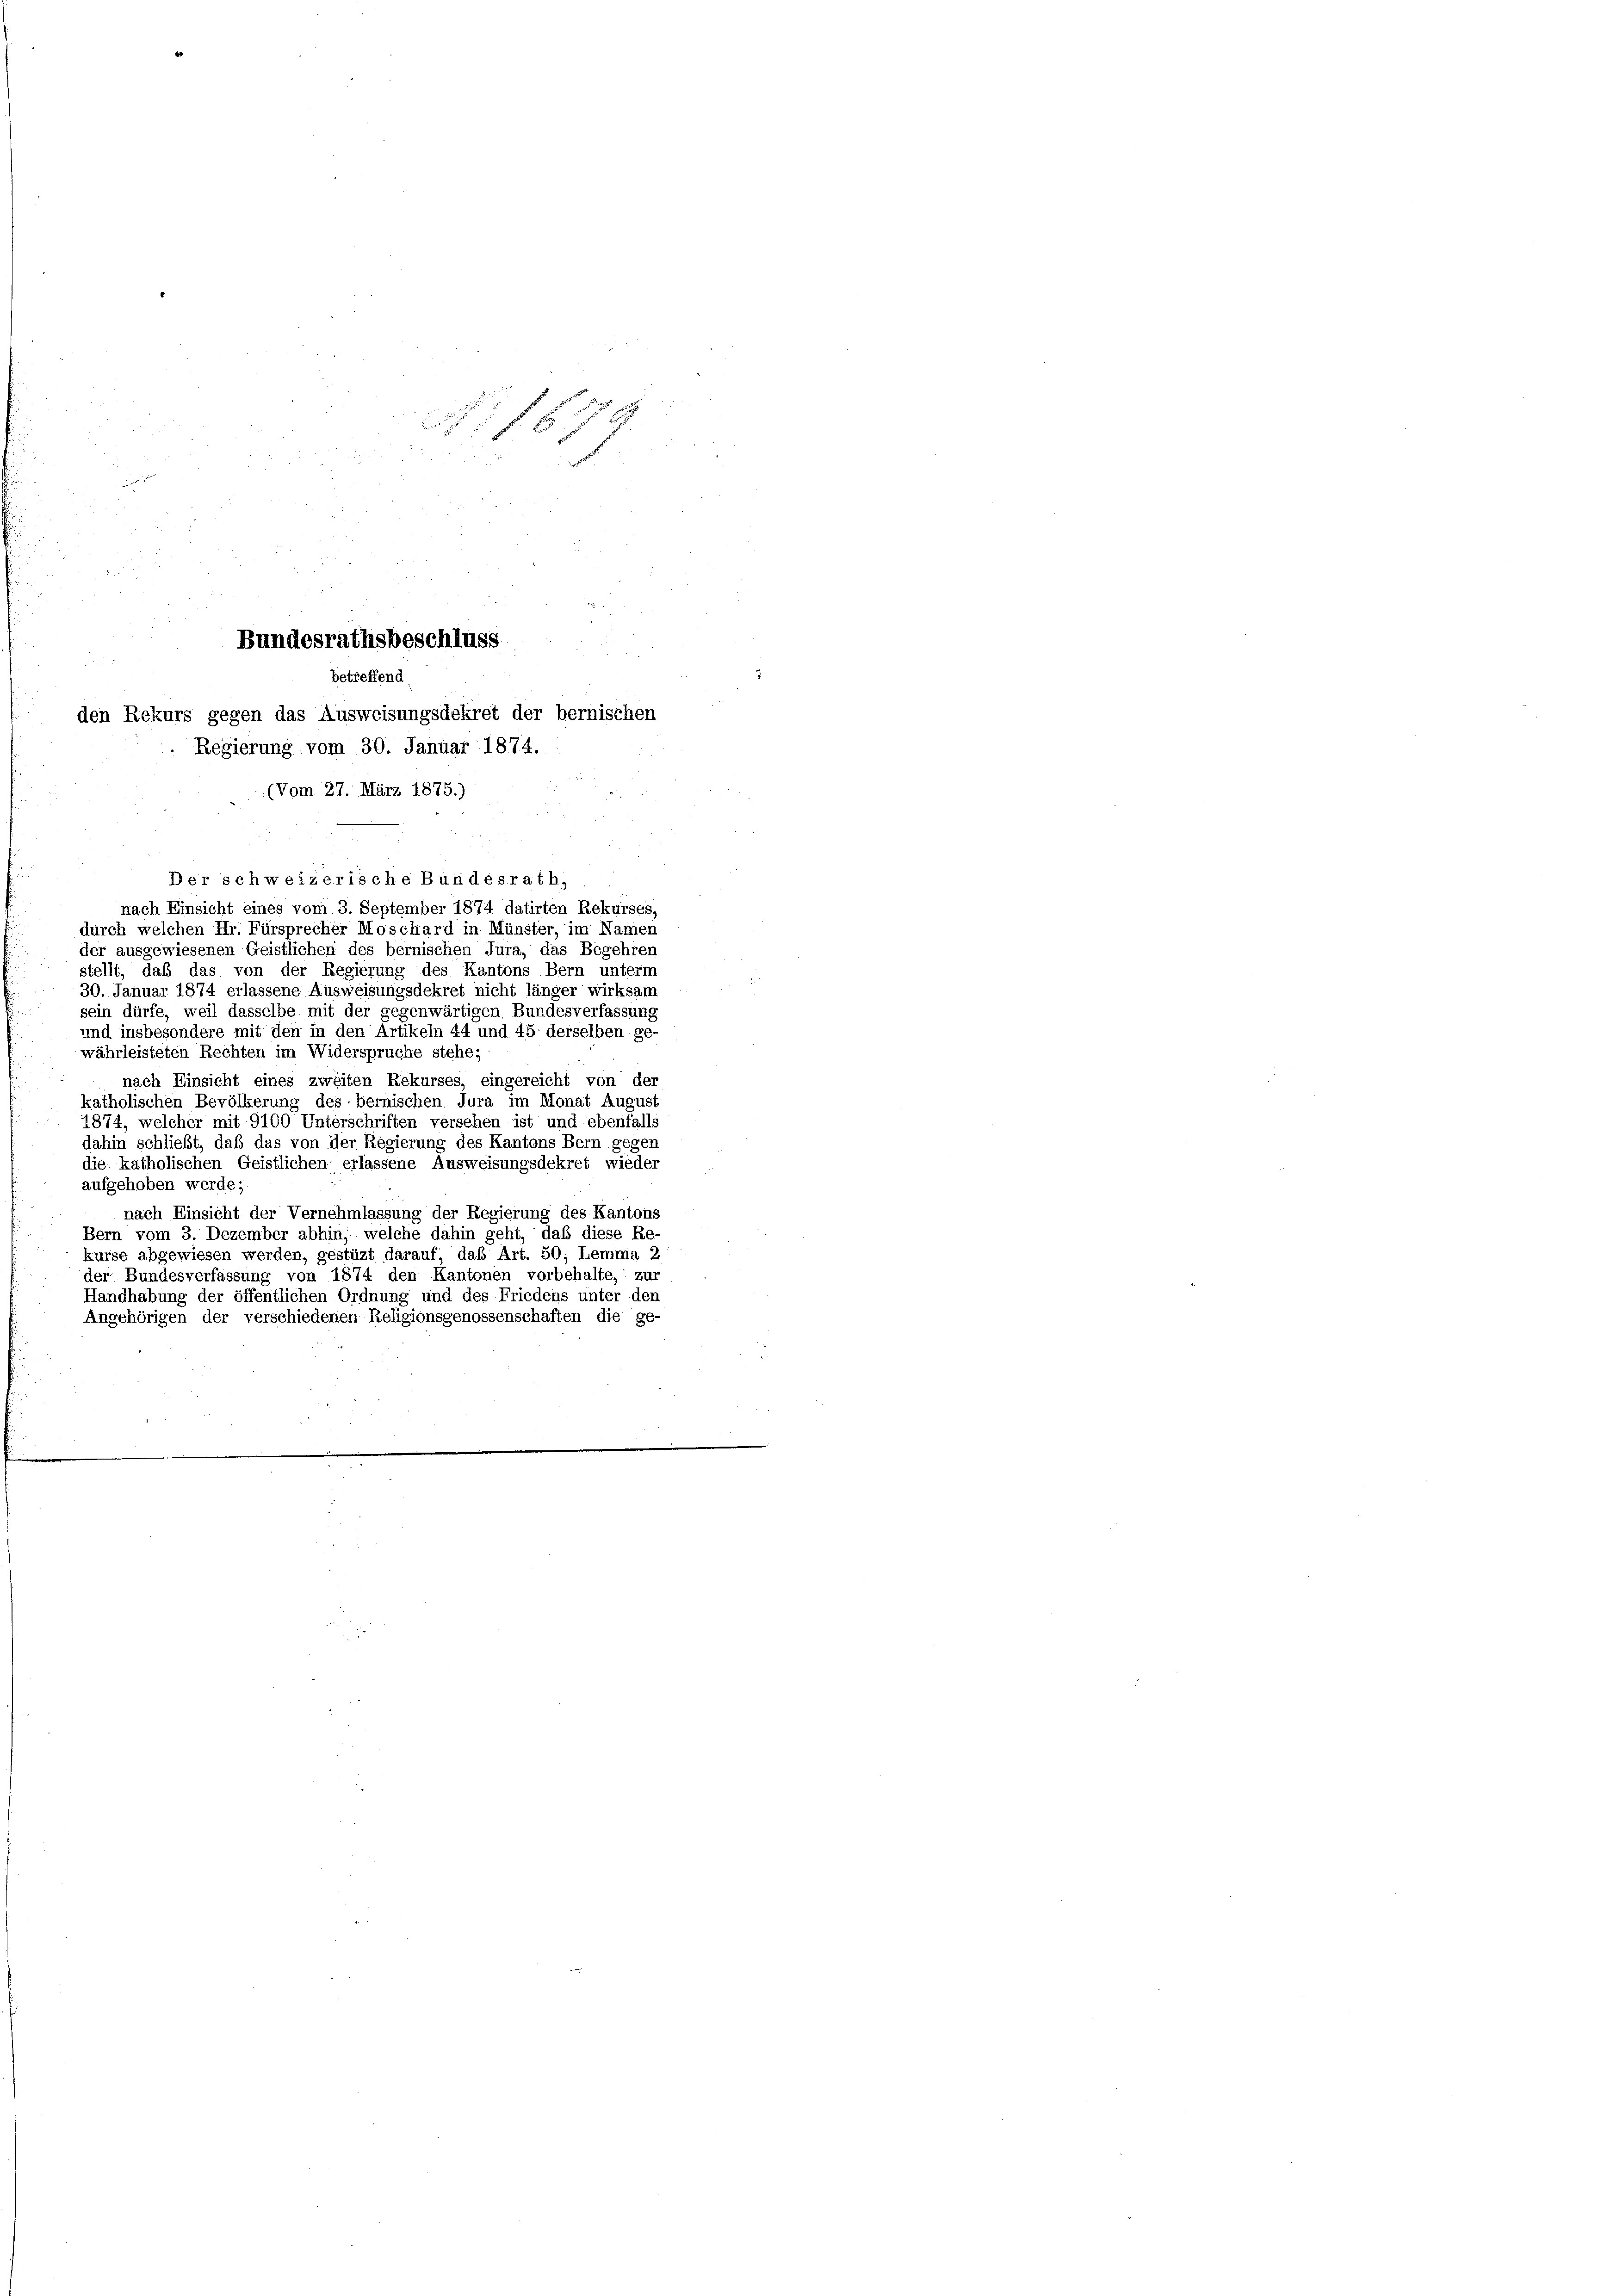
Bundesrathsbeschluss
betreffend
den Rekurs gegen das Ausweisungsdekret der bernischen
Regierung vom 30. Januar 1874.
(Vom 27. März 1875.)
Der schweizerische Bundesrath,

N. 1879

nach Einsicht eines vom 3. September 1874 datirten Rekurses,
durch welchen Hr. Fürsprecher Moschard in Münster, im Namen
der ausgewiesenen Geistlichen des bernischen Jura, das Begehren
stellt, das das von der Regierung des Kantons Bern unterm
30. Januar 1874 erlassene Ausweisungsdekret nicht länger wirksam
sein dürfe, weil dasselbe mit der gegenwärtigen Bundesverfassung
und insbesondere mit den in den Artikeln 44 und 45 derselben ge-
währleisteten Rechten im Widerspruche stehe.
nach Einsicht eines zweiten Rekurses, eingereicht von der
katholischen Bevölkerung des bernischen. Jura im Monat August
1874, welcher mit 9100 Unterschriften versehen ist und ebenfalls
dahin schließt, daß das von der Regierung des Kantons Bern gegen
die katholischen Geistlichen erlassene Ausweisungsdekret wieder
aufgehoben werde;
nach Einsicht der Vernehmlassung der Regierung des Kantons
Bern vom 3. Dezember abhin, welche dahin geht, daß diese Re-
kurse abgewiesen werden, gestüzt darauf, daß Art. 50, Lemma 2
der Bundesverfassung von 1874 den Kantonen vorbehalte, zur
Handhabung der öffentlichen Ordnung und des Friedens unter den
Angehörigen der verschiedenen Religionsgenossenschaften die ge-